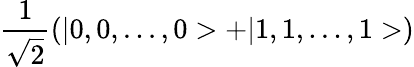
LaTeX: \frac{1}{\sqrt{2}}(|0,0,...,0>+|1,1,...,1>)